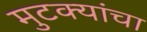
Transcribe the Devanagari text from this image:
मुटक्यांचा